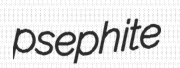
psephite